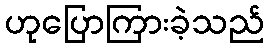
ဟုပြောကြားခဲ့သည်